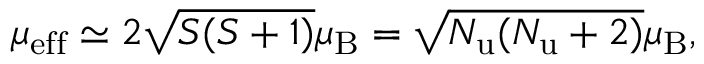
\mu _ { \mathrm { e f f } } \simeq 2 { \sqrt { S ( S + 1 ) } } \mu _ { \mathrm { B } } = { \sqrt { N _ { \mathrm { { u } } } ( N _ { \mathrm { { u } } } + 2 ) } } \mu _ { \mathrm { B } } ,